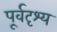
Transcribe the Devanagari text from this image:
पूर्वदृश्य